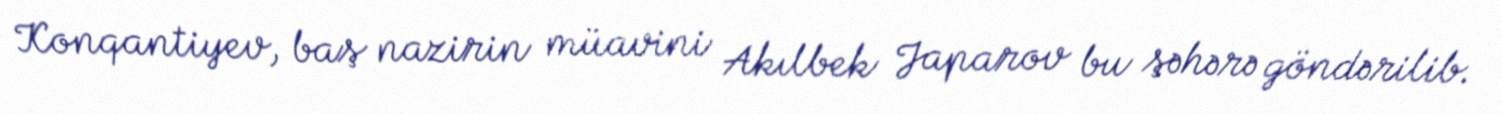
Konqantiyev, baş nazirin müavini Akılbek Japarov bu şəhərə göndərilib.